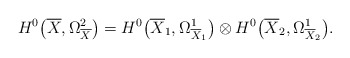
\begin{align*}H^{0}\big(\overline{X},\Omega_{\overline{X}}^{2}\big)=H^{0}\big(\overline{X}_{1},\Omega_{\overline{X}_{1}}^{1}\big)\otimes H^{0}\big(\overline{X}_{2},\Omega_{\overline{X}_{2}}^{1}\big).\end{align*}